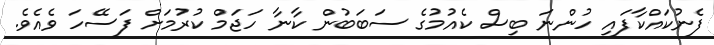
ފެނުކައްކާފައި ހުންނަ ބިސް ކެއުމުގެ ސަބަބުން ކާނާ ހަޖަމް ކުރުމަށް ފަސޭހަ ވެއެވެ.